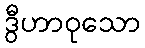
ဒွီဟာဝုသော